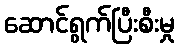
ဆောင်ရွက်ပြီးစီးမှု